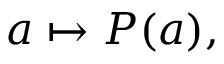
a \mapsto P ( a ) ,